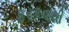
ફરકવાથી